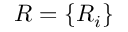
{ \cal R } = \{ { \cal R } _ { i } \}